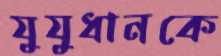
যুযুধানকে